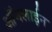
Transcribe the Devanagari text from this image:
ऑंनलाईन